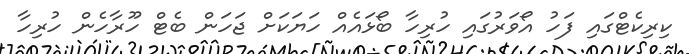
ކިރިކެޓްގައި ފަހު އޯވަރުގައި ހުރިހާ ބޯޅައެއް ހަޔަކަށް ޖަހަން ބެޓް ހޫރާހެން ހުރިހާ